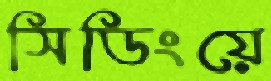
সিডিংয়ে